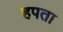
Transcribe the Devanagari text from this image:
हपता